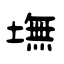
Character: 墲